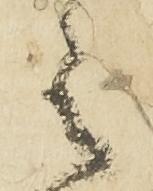
之